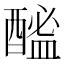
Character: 䤉